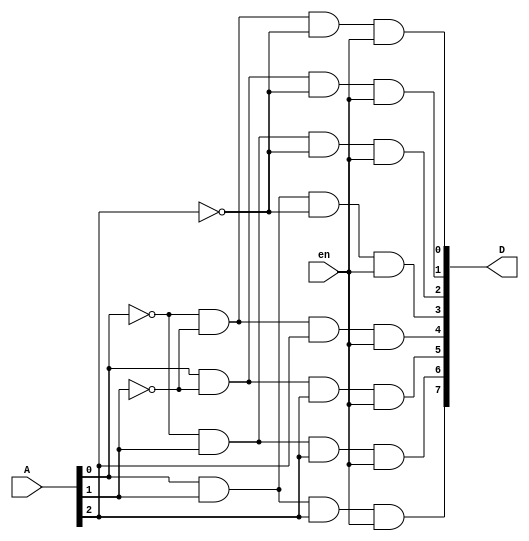
module decoder_three(A, D, en);
	// a 3-to-8 decoder, serve as a component of 5-to-32 decoder
	
	input [2:0] A;
	input en;
	output [7:0] D;
	
	wire n_Azero, n_Aone, n_Atwo;
	
	// not(Y, A);
	not notA0(n_Azero, A[0]);
	not notA1(n_Aone, A[1]);
	not notA2(n_Atwo, A[2]);
	
	// and(Y, A, B, C, D);
	and and0(D[0], n_Azero, n_Aone, n_Atwo, en);
	and and1(D[1], A[0], n_Aone, n_Atwo, en);
	and and2(D[2], n_Azero, A[1], n_Atwo, en);
	and and3(D[3], A[0], A[1], n_Atwo, en);
	and and4(D[4], n_Azero, n_Aone, A[2], en);
	and and5(D[5], A[0], n_Aone, A[2], en);
	and and6(D[6], n_Azero, A[1], A[2], en);
	and and7(D[7], A[0], A[1], A[2], en);
	
endmodule